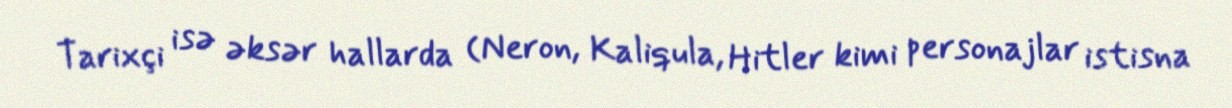
Tarixçi isə əksər hallarda (Neron, Kaliqula, Hitler kimi personajlar istisna